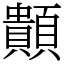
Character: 䫭